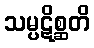
သမ္ပဋိစ္ဆတိ